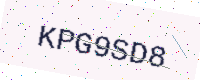
Text: KPG9SD8